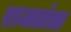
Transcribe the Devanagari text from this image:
राजतंत्रा